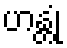
ဟန္တုံ